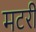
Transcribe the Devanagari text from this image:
मटरी